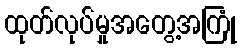
ထုတ်လုပ်မှုအတွေ့အကြုံ